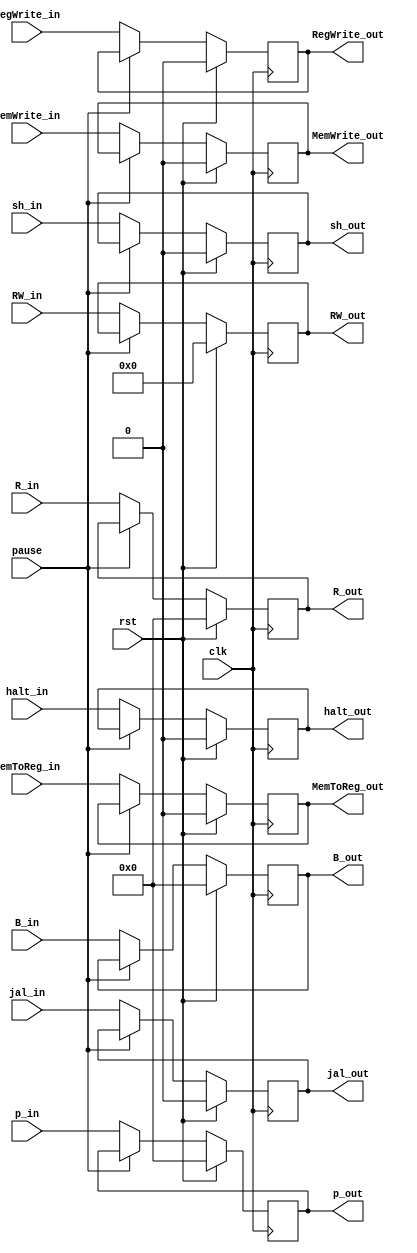
module EX_MEM(clk,rst,pause,p_in,p_out,
    MemToReg_in,MemToReg_out,MemWrite_in,MemWrite_out,
    jal_in,jal_out,sh_in,sh_out,halt_in,halt_out,
    RegWrite_in,RegWrite_out,R_in,R_out,B_in,B_out,
    RW_in,RW_out);

    input clk,rst,pause;
    input MemToReg_in,MemWrite_in;
    input jal_in,halt_in;
    input sh_in,RegWrite_in;
    input [4:0] RW_in;
    input [31:0] p_in,R_in,B_in;

    output reg MemToReg_out,MemWrite_out;
    output reg jal_out,halt_out;
    output reg sh_out,RegWrite_out;
    output reg [4:0] RW_out;
    output reg [31:0] p_out,R_out,B_out;

    initial begin
        MemToReg_out=0;
        MemWrite_out=0;
        jal_out=0;
        halt_out=0;
        sh_out=0;
        RegWrite_out=0;
        RW_out=0;
        p_out=0;
        R_out=0;
        B_out=0;
    end

    always @(posedge clk) begin
        if(rst)	begin
        	MemToReg_out=0;
            MemWrite_out=0;
            jal_out=0;
            halt_out=0;
            sh_out=0;
            RegWrite_out=0;
            RW_out=0;
            p_out=0;
            R_out=0;
            B_out=0;
        end	
        else if(pause) begin
            MemToReg_out<=MemToReg_out;
            MemWrite_out<=MemWrite_out;
            jal_out<=jal_out;
            halt_out<=halt_out;
            sh_out<=sh_out;
            RegWrite_out<=RegWrite_out;
            RW_out<=RW_out;
            p_out<=p_out;
            R_out<=R_out;
            B_out<=B_out;
        end
        else begin
            MemToReg_out<=MemToReg_in;
            MemWrite_out<=MemWrite_in;
            jal_out<=jal_in;
            halt_out<=halt_in;
            sh_out<=sh_in;
            RegWrite_out<=RegWrite_in;
            RW_out<=RW_in;
            p_out<=p_in;
            R_out<=R_in;
            B_out<=B_in;
        end
    end
endmodule